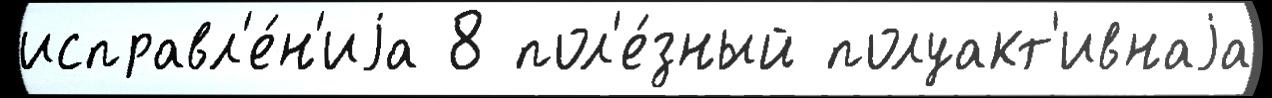
исправл'е́н'иjа 8 пол'е́зный полуакт'ивнаjа